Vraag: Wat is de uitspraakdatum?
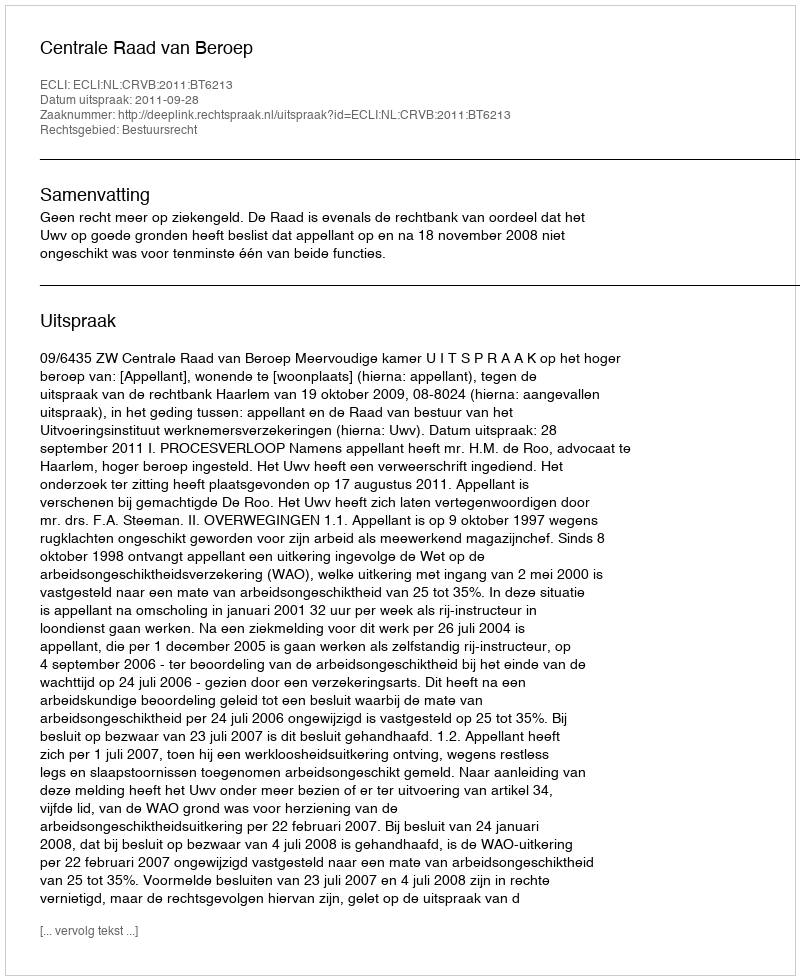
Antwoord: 2011-09-28